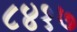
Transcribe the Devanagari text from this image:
८४१७